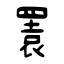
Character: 瞏